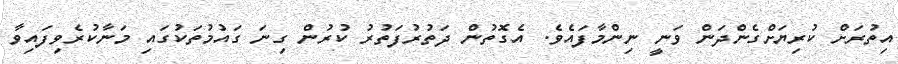
އިތުރަށް ކުރިޔަށްގެންދަން ވަނީ ނިންމާފައެވެ. އެގޮތުން ދަތުރުފަތުރު ކުރުން ގިނަ ގައުމުތަކުގައި މަނާކުރެވިފައިވާ